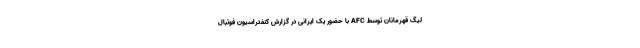
لیگ قهرمانان توسط AFC با حضور یک ایرانی در گزارش کنفدراسیون فوتبال